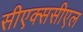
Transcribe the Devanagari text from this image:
सीएक्ससीएल